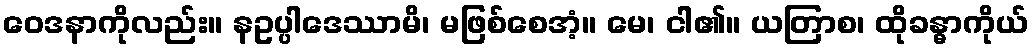
ဝေဒနာကိုလည်း။ နဥပ္ပါဒေဿာမိ၊ မဖြစ်စေအံ့။ မေ၊ ငါ၏။ ယတြာစ၊ ထိုခန္ဓာကိုယ်